Leningradi_Edasi_toimetus, lk 13
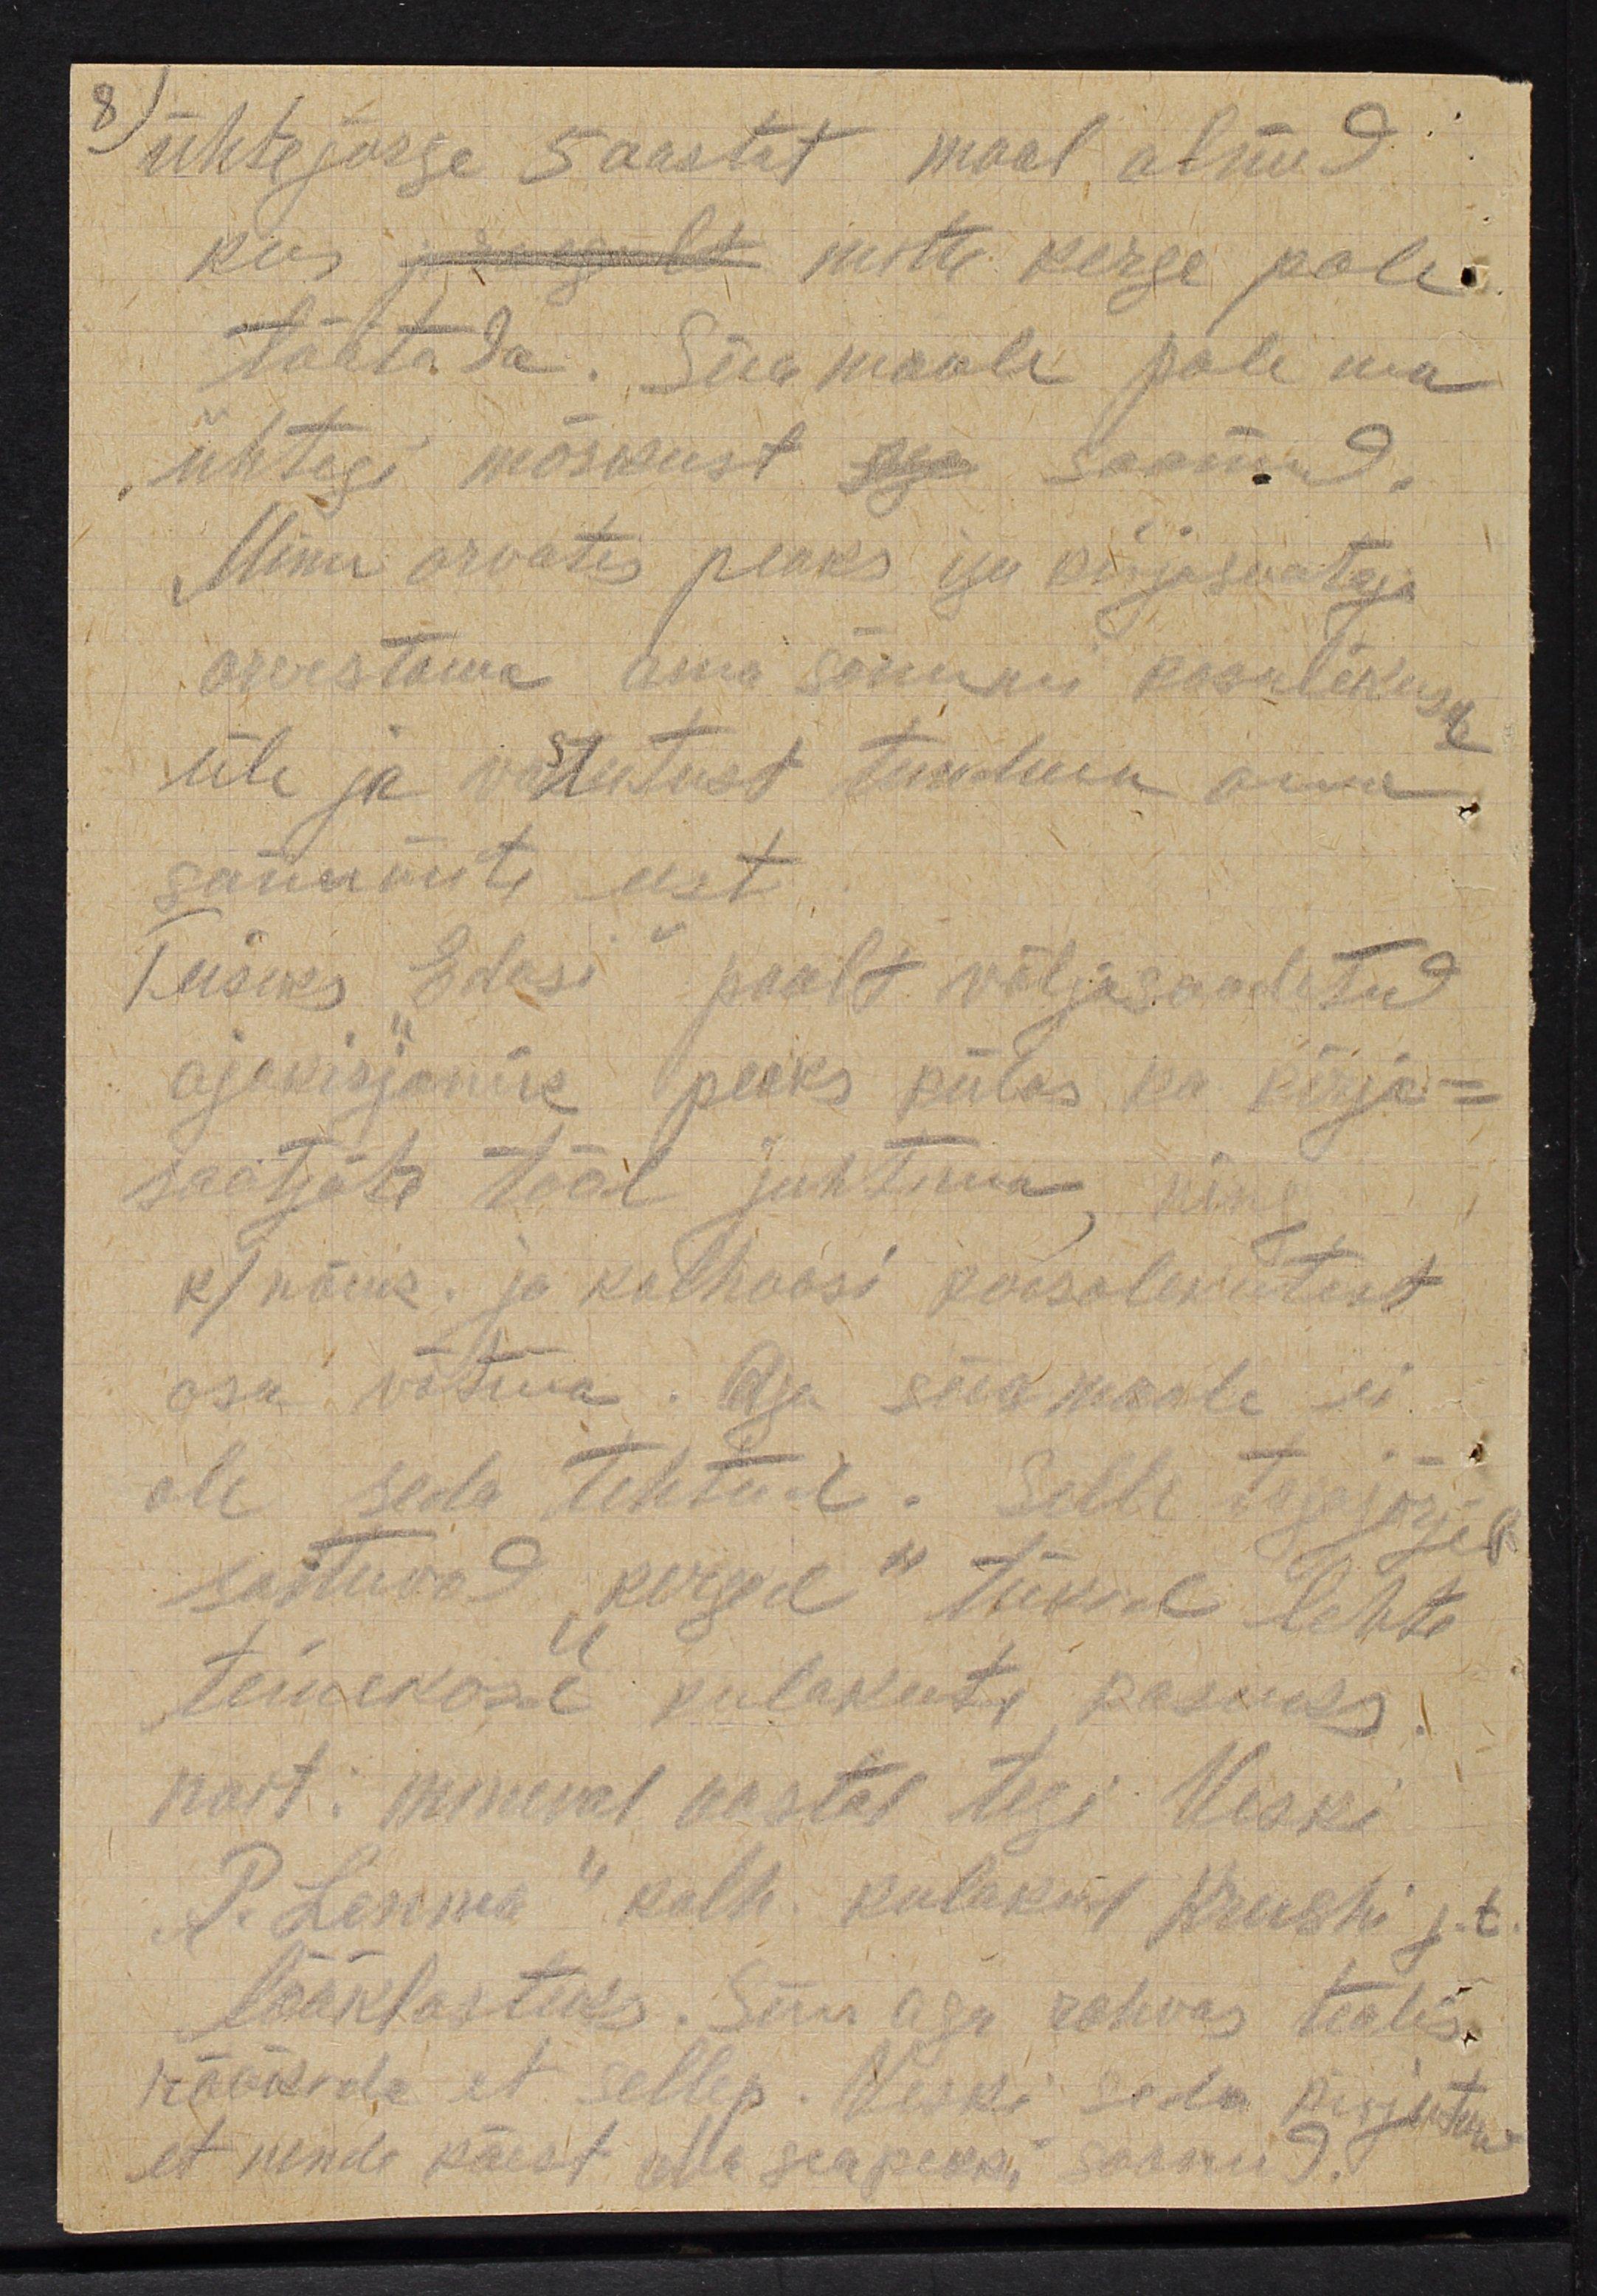
ühtejärge 5 aastat maal olnud
kus pingsalt mitte kerge pole
töötada. Siia maale pole ma
ühtegi märkust saanud.
Minu arvates peaks iga kirjasaataja
arvestama oma sõnumi kasulikusse
üle ja vastutust tundma oma
sõnumite eest.
Teiseks Edasi poolt väljasaadetud
ajakirjanik peaks külas ka kirja-
saatjate tööl juhtuma ning
k/nõuk. ja kolhoosi koosolekutest
osa võtma. Aga siia maale ei
ole seda tehtud. Selle tagajärjel
sattuvad "kerged" tükid lehte
teinekord kulakute kasuks
nait. mineval aastal tegi Veski
"P. Leonova" kolh kulakust Krushi j.t
lööklasteks. Siin aga rahvas teatis
rääkida et sellep. Veski seda kirjutand
et nende käest olla seapekki saanud.